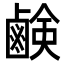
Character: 鹸